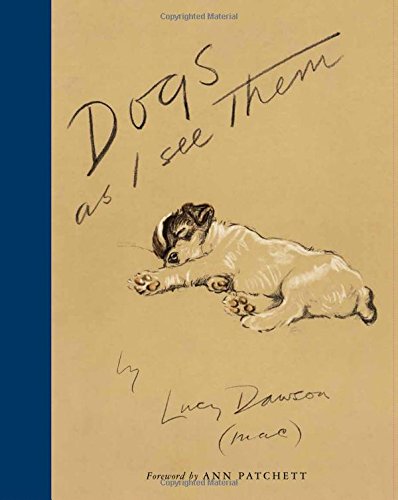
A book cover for Dogs As I See Them; Lucy Dawson; Arts & Photography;